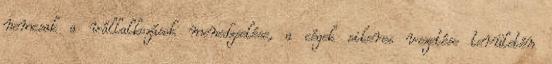
nemcsak a vállalkozások menedzselése, a cégek sikeres vezetése területén